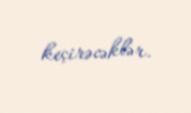
keçirəcəklər.